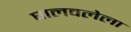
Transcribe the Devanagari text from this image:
घालवलेला